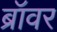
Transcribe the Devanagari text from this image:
ब्रॉवर